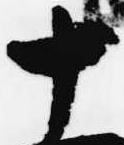
十